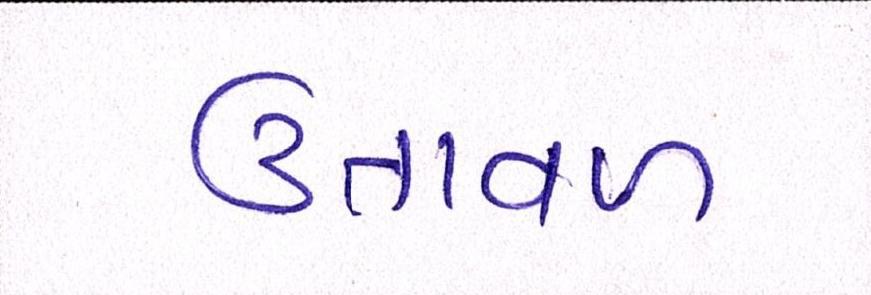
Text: ઉતાવળ